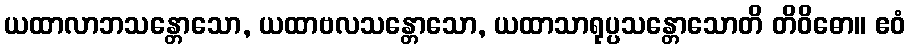
ယထာလာဘသန္တောသော, ယထာဗလသန္တောသော, ယထာသာရုပ္ပသန္တောသောတိ တိဝိဓော။ ဧဝံ